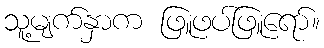
သူ့မျက်နှာက ဖြူဖပ်ဖြူရော်။